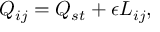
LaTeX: Q _ { i j } = Q _ { s t } + \epsilon L _ { i j } ,